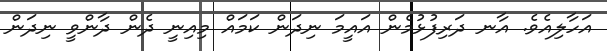
އަހާލިއެވެ. އާނ ދަރިފުޅުމެން އައީމަ ނިދަން ކަމައް މިއިނީ ދެން ދާންވީ ނިދަން